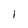
Character: I